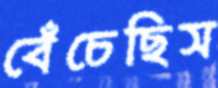
বেঁচেছিস